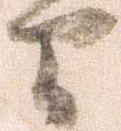
間